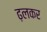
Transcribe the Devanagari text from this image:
ढ़लकर